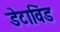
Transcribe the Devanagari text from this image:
डेटाविंड